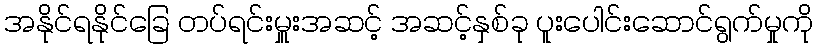
အနိုင်ရနိုင်ခြေ တပ်ရင်းမှူးအဆင့် အဆင့်နှစ်ခု ပူးပေါင်းဆောင်ရွက်မှုကို